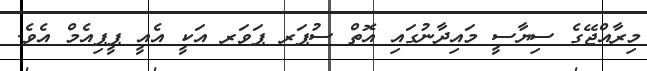
މިރާއްޖޭގެ ސިޔާސީ މައިދާނުގައި އޮތް ސުޕަރ ޕަވަރ އަކީ އެއީ ޕީޕިއެމް އެވެ.